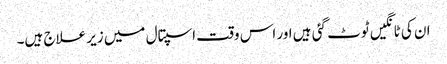
ان کی ٹانگیں ٹوٹ گئی ہیں اور اس وقت اسپتال میں زیر علاج ہیں۔